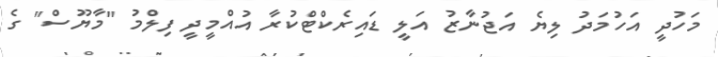
މަހުދީ އަހުމަދު ލިޔެ އަޖުނާޒު އަލީ ޑައިރެކްޓްކުރާ އުއްމީދީ ފިލްމު "މާޔޫސް" ގެ